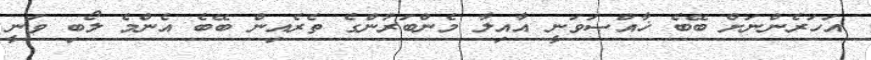
އަހަރެންނަށް ބޭބެ ޚާއްޞަވަނީ އާއިލާ މެންބަރުންގެ ތެރެއިން ބޭބެ އެންމެ ލޯބި ވަނީ